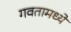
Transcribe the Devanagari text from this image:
गवतामध्ये